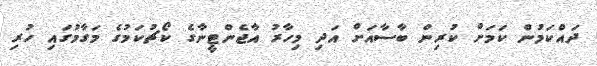
ދައްކަމުން ކަމަށް ކުރިން ބާސާއަށް އަދި މިހާރު އާޖެންޓީނާގެ ކޯޗުކަމުގެ މަގާމުގައި ހުރި